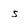
Character: 5